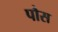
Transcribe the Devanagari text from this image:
पौस